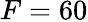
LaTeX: F=60